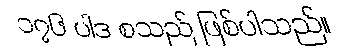
၁၇၆ ပါဒ စသည် ဖြစ်ပါသည်။